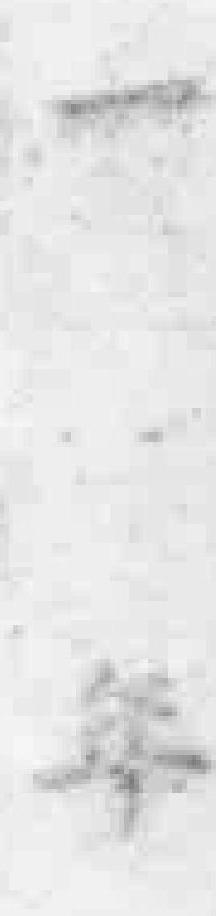
一年